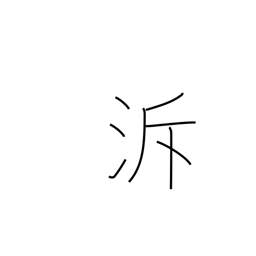
Meaning: go upstream